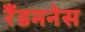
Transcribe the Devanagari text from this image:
रैंडमनेस